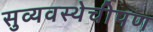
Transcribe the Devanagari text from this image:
सुव्यवस्थेचीपण